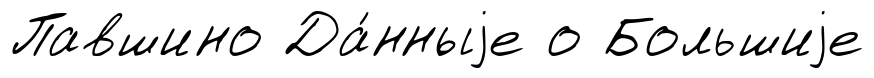
Павшино Да́нныjе о Большиjе